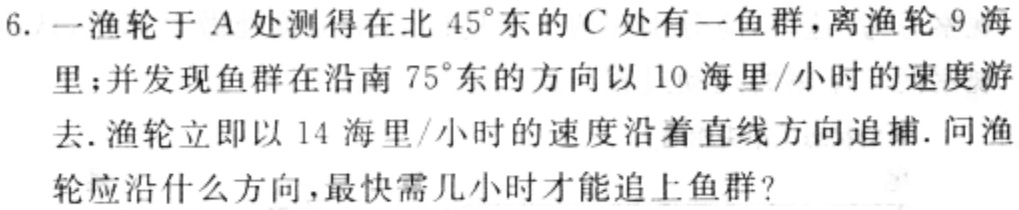
6. 一渔轮于\(A\)处测得在北\(45^{\circ}\)东的\(C\)处有一鱼群，离渔轮\(9\)海里；并发现鱼群在沿南\(75^{\circ}\)东的方向以\(10\)海里/小时的速度游去.渔轮立即以\(14\)海里/小时的速度沿着直线方向追捕. 问渔轮应沿什么方向，最快需几小时才能追上鱼群？